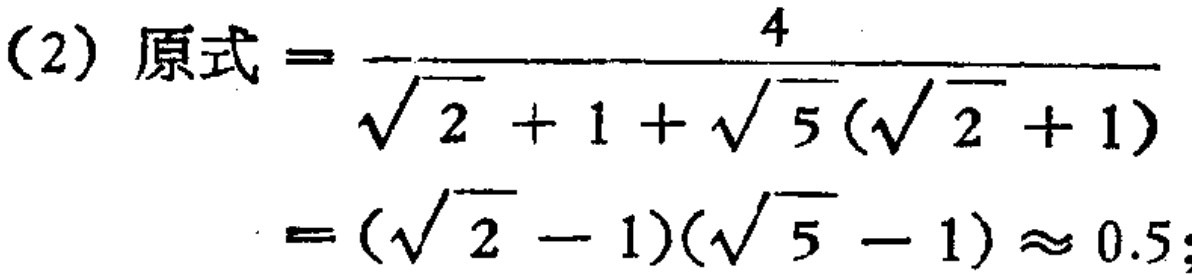
(2) 原式$=\frac{4}{\sqrt{2}+1+\sqrt{5}(\sqrt{2}+1)} = (\sqrt{2}-1)(\sqrt{5}-1)\approx 0.5$;